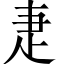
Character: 疌